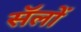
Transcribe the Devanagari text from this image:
सॅलों